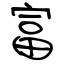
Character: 富